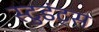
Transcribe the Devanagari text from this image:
स्टुडंट्‍स